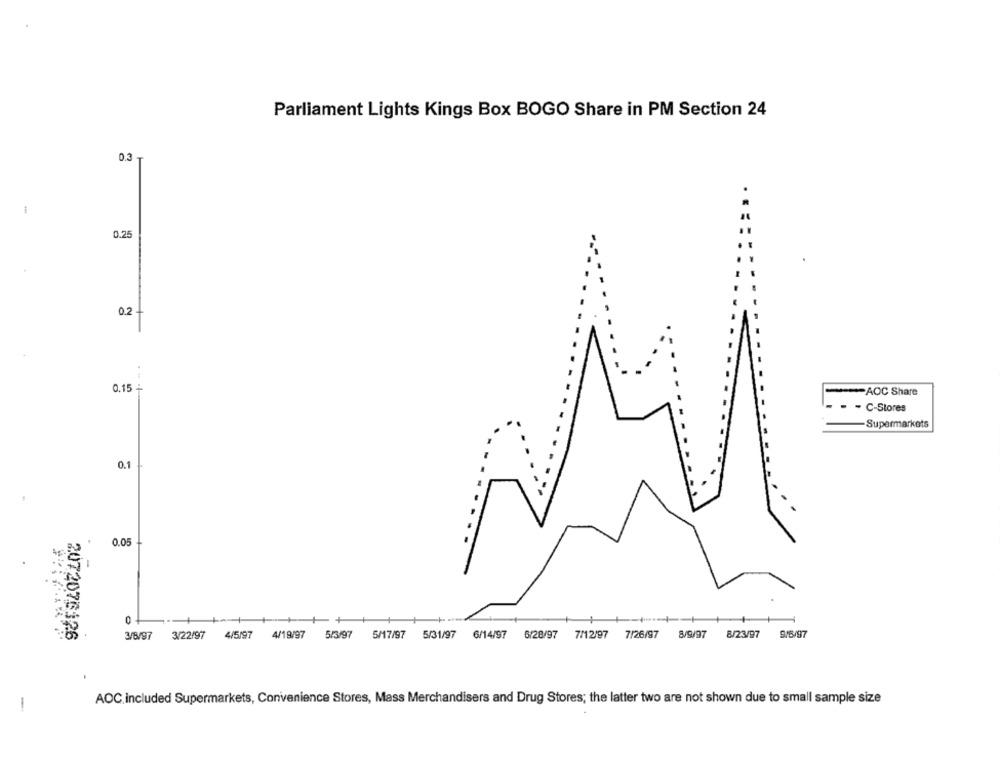
Parliament Lights Kings Box BOGO Share in PM Section 24
0.3
0.25
0.2
0.15 -
AOC Share
C-Stores
Supermarkets
0.1
0.05
2072076326
3/8/97
3/22/97
4/5/97
4/19/97
5/3/97
5/17/97
5/31/97 6/14/97 6/28/97
7/12/97
7/26/97
8/9/97
8/23/97
9/6/97
AOC.included Supermarkets, Convenience Stores, Mass Merchandisers and Drug Stores; the latter two are not shown due to small sample size
-